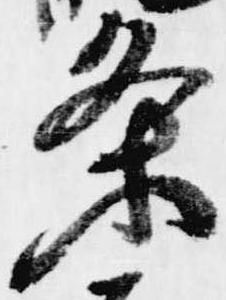
条